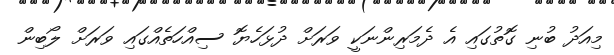
މިއަދު ބުނި ގޮތުގައި އެ ދެމަރިންނަކީ ވަރަށް ދުޅަހެޔޮ ސިއްހަތެއްގައި ވަރަށް ލޯބިން